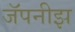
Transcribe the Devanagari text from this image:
जॅपनीझ